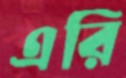
এরি